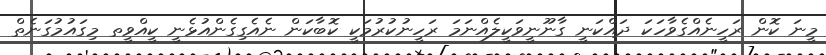
މީނަ ކޮން ރަހީނެއްގެވާހަކަ ދައްކަނީ ގާނޫނީވަކީލެއްނަމަ ރަހީނުކުރުމަކީ ކޮބާކަން ނެއެގިގެންއުޅެނީ ކީއްވީތ މިގައުމުގަނެތް